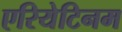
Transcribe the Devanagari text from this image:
एरियेटिनम